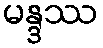
မန္ဒဿ